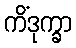
ကိံဒုက္ခာ